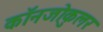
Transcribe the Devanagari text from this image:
कॉनजोकुलर